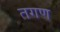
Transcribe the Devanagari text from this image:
तगण